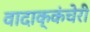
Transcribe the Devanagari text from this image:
वादाक्कंचेरी